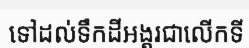
ទៅដល់ទឹកដីអង្គរជាលើកទី